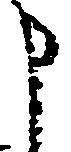
申